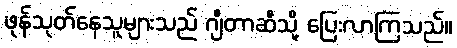
ဖုန်သုတ်နေသူများသည် ဂျီတာဆီသို့ ပြေးလာကြသည်။